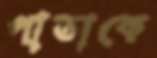
পাতাকে